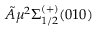
\tilde { A } \mu { } ^ { 2 } \Sigma _ { 1 / 2 } ^ { ( + ) } ( 0 1 0 )